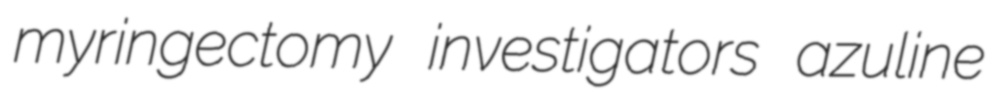
myringectomy investigators azuline